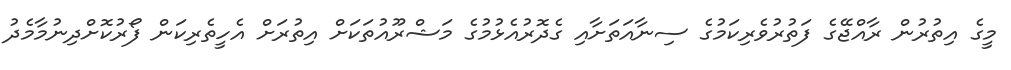
މީގެ އިތުރުން ރާއްޖޭގެ ފަތުރުވެރިކަމުގެ ސިނާއަތަށާއި ގެދޮރުއެޅުމުގެ މަޝްރޫއުތަކަށް އިތުރަށް އެހީތެރިކަން ފޯރުކޮށްދިނުމާމެދު